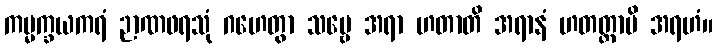
ကမ္မက္ခယကရံ ဉာဏဖရသုံ ဂဟေတွာ သဗ္ဗေ အရာ ဟတာတိ အရာနံ ဟတတ္တာပိ အရဟံ။